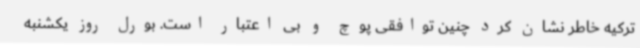
ترکیه خاطر نشان کرد چنین توافقی پوچ و بی اعتبار است. بورل روز یکشنبه